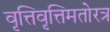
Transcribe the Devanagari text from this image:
वृत्तिवृत्तिमतोरत्र